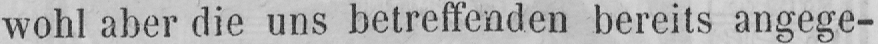
wohl aber die uns betreffenden bereits angege-